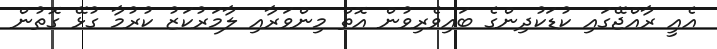
އެއީ ރާއްޖޭގައި ކުޑަކުދިންގެ ބައިވެރިވުން އޮތް މިންވަރާއި ލާމަރުކަޒު ކުރުމާ ގުޅޭ ގޮތުން